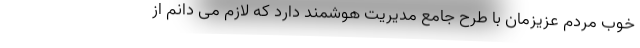
خوب مردم عزیزمان با طرح جامع مدیریت هوشمند دارد که لازم می دانم از